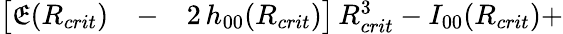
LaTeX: \begin{array}{rlr}{\big[\mathfrak{E}(R_{crit})}&{{}-}&{2\, h_{00}(R_{crit})\big]\, R_{crit}^{3}-I_{00}(R_{crit})+}\end{array}